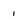
Character: i